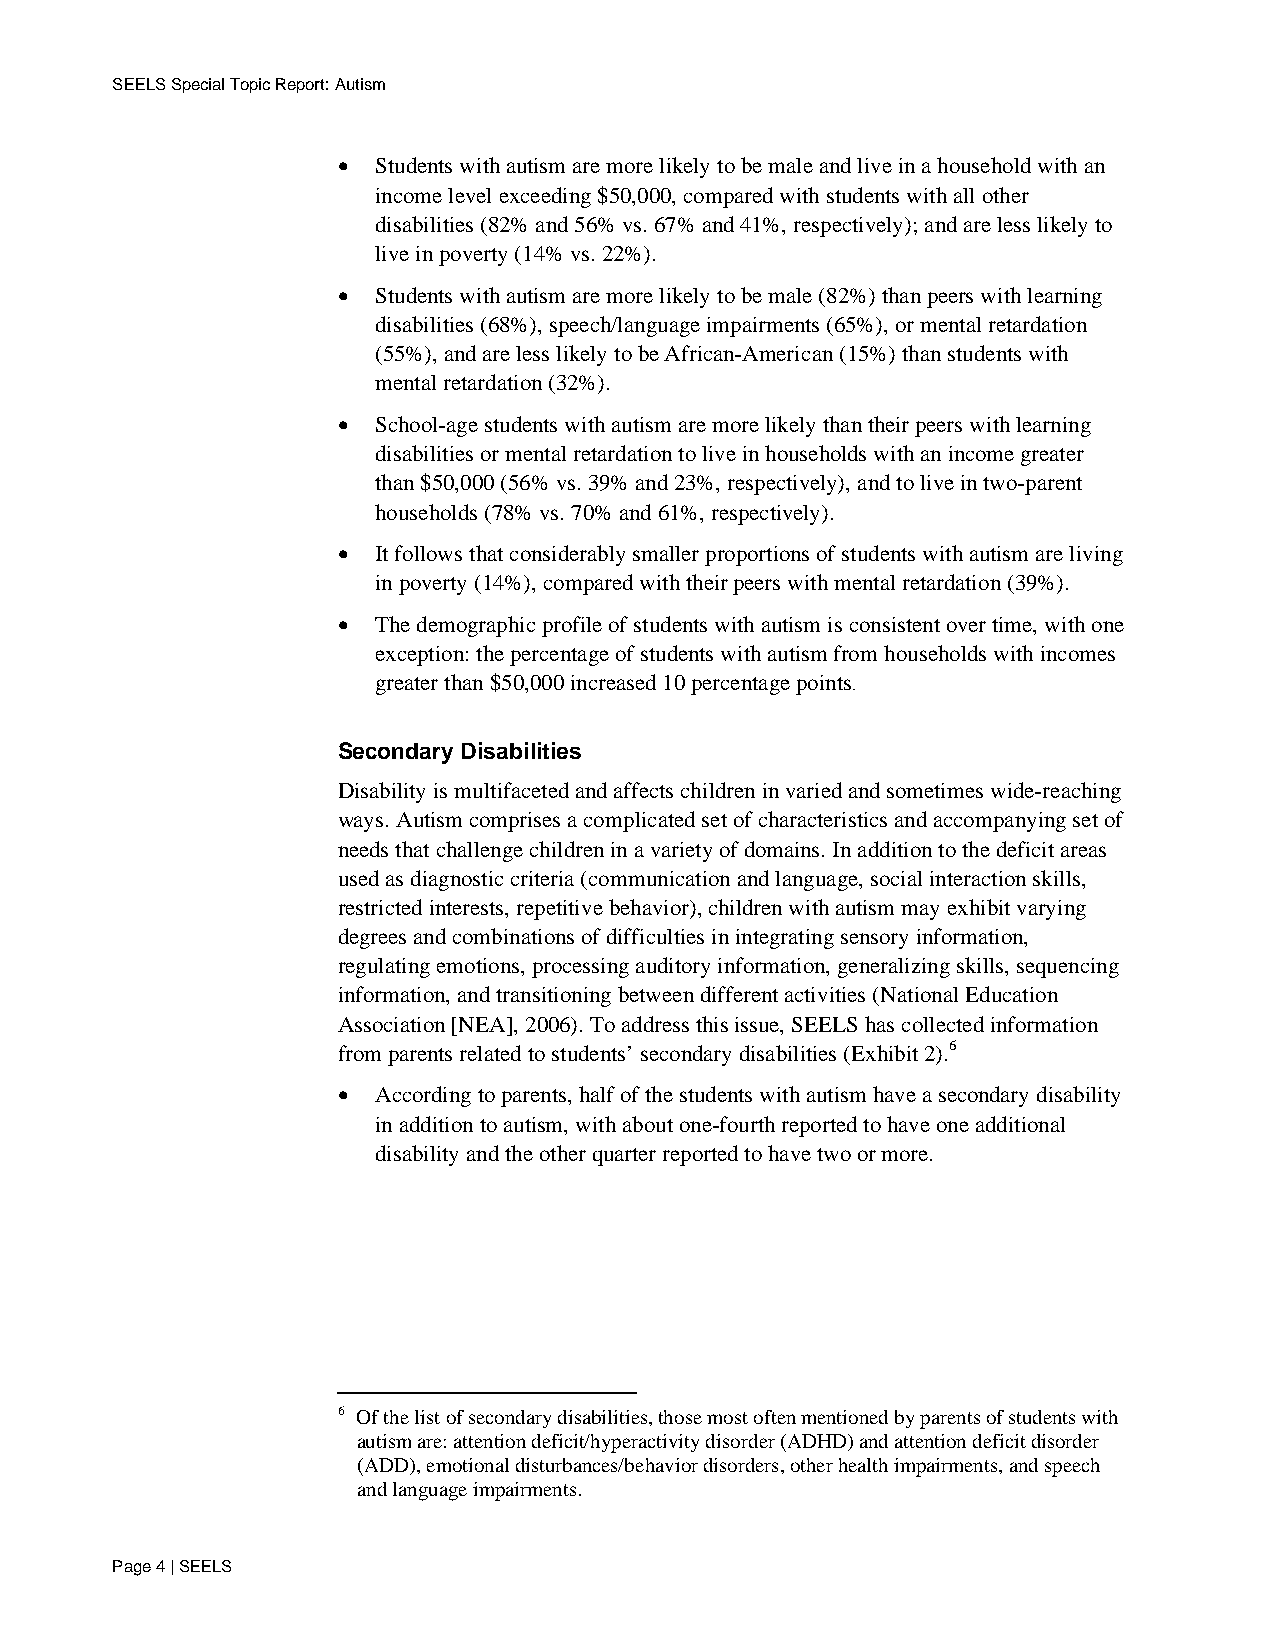
SEELS Special Topic Report: Autism
 •  Students with autism are more likely to be male and live in a household with an
 income level exceeding $50,000, compared with students with all other
 disabilities (82% and 56% vs. 67% and 41%, respectively); and are less likely to
 live in poverty (14% vs. 22%).
 •  Students with autism are more likely to be male (82%) than peers with learning
 disabilities (68%), speech/language impairments (65%), or mental retardation
 (55%), and are less likely to be African-American (15%) than students with
 mental retardation (32%).
 •  School-age students with autism are more likely than their peers with learning
 disabilities or mental retardation to live in households with an income greater
 than $50,000 (56% vs. 39% and 23%, respectively), and to live in two-parent
 households (78% vs. 70% and 61%, respectively).
 •  It follows that considerably smaller proportions of students with autism are living
 in poverty (14%), compared with their peers with mental retardation (39%).
 •  The demographic profile of students with autism is consistent over time, with one
 exception: the percentage of students with autism from households with incomes
 greater than $50,000 increased 10 percentage points.
 Secondary Disabilities
 Disability is multifaceted and affects children in varied and sometimes wide-reaching
 ways. Autism comprises a complicated set of characteristics and accompanying set of
 needs that challenge children in a variety of domains. In addition to the deficit areas
 used as diagnostic criteria (communication and language, social interaction skills,
 restricted interests, repetitive behavior), children with autism may exhibit varying
 degrees and combinations of difficulties in integrating sensory information,
 regulating emotions, processing auditory information, generalizing skills, sequencing
 information, and transitioning between different activities (National Education
 Association [NEA], 2006). To address this issue, SEELS has collected information
 from parents related to students’ secondary disabilities (Exhibit 2).6
 •  According to parents, half of the students with autism have a secondary disability
 in addition to autism, with about one-fourth reported to have one additional
 disability and the other quarter reported to have two or more.
 6 Of the list of secondary disabilities, those most often mentioned by parents of students with
 autism are: attention deficit/hyperactivity disorder (ADHD) and attention deficit disorder
 (ADD), emotional disturbances/behavior disorders, other health impairments, and speech
 and language impairments.
 Page 4 | SEELS